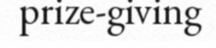
prize-giving